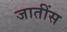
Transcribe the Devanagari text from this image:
जातींस